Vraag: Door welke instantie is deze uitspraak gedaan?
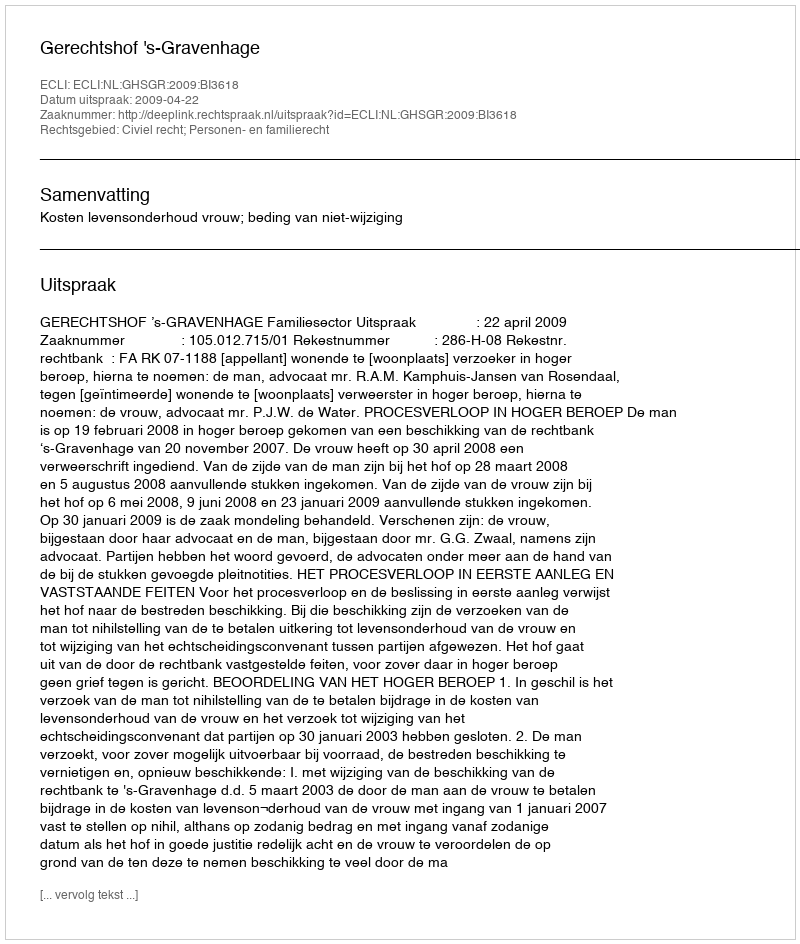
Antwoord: Gerechtshof 's-Gravenhage